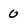
Character: 0